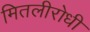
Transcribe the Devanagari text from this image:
मितलीरोधी